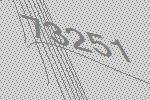
73251